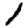
Digit: 1